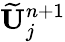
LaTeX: \widetilde{\mathbf{U}}_{j}^{n+1}